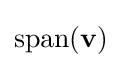
\operatorname {span} (\mathbf {v} )